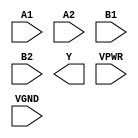
module sky130_fd_sc_hs__a22oi (
    //# {{data|Data Signals}}
    input  A1  ,
    input  A2  ,
    input  B1  ,
    input  B2  ,
    output Y   ,

    //# {{power|Power}}
    input  VPWR,
    input  VGND
);
endmodule